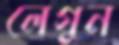
লেগুন